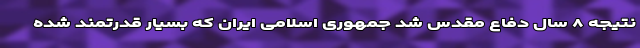
نتیجه ۸ سال دفاع مقدس شد جمهوری اسلامی ایران که بسیار قدرتمند شده